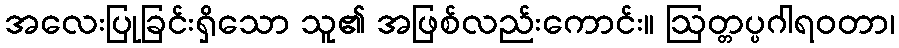
အလေးပြုခြင်းရှိသော သူ၏ အဖြစ်လည်းကောင်း။ ဩတ္တပ္ပဂါရဝတာ၊